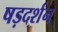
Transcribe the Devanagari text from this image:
षड़दर्शन